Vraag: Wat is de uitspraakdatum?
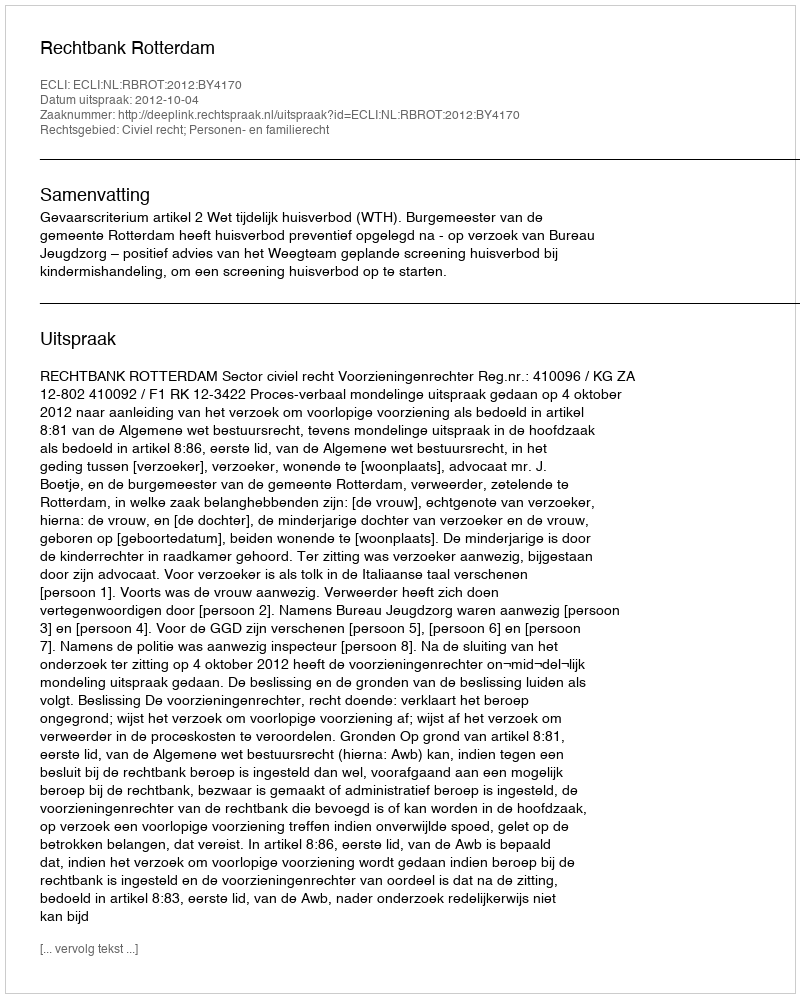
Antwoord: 2012-10-04